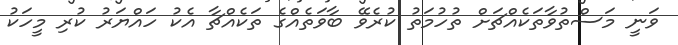
ވަނީ މަސްތުވާތަކެއްޗަށް ތުހުމަތު ކުރެވޭ ބާވަތެއްގެ ތަކެއްޗާ އެކު ހައްޔަރު ކުރި މީހަކު